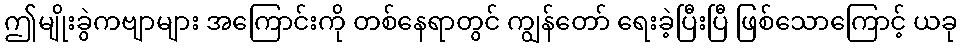
ဤမျိုးခွဲကဗျာများ အကြောင်းကို တစ်နေရာတွင် ကျွန်တော် ရေးခဲ့ပြီးပြီ ဖြစ်သောကြောင့် ယခု